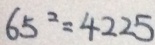
6 5 ^ { 2 } = 4 2 2 5